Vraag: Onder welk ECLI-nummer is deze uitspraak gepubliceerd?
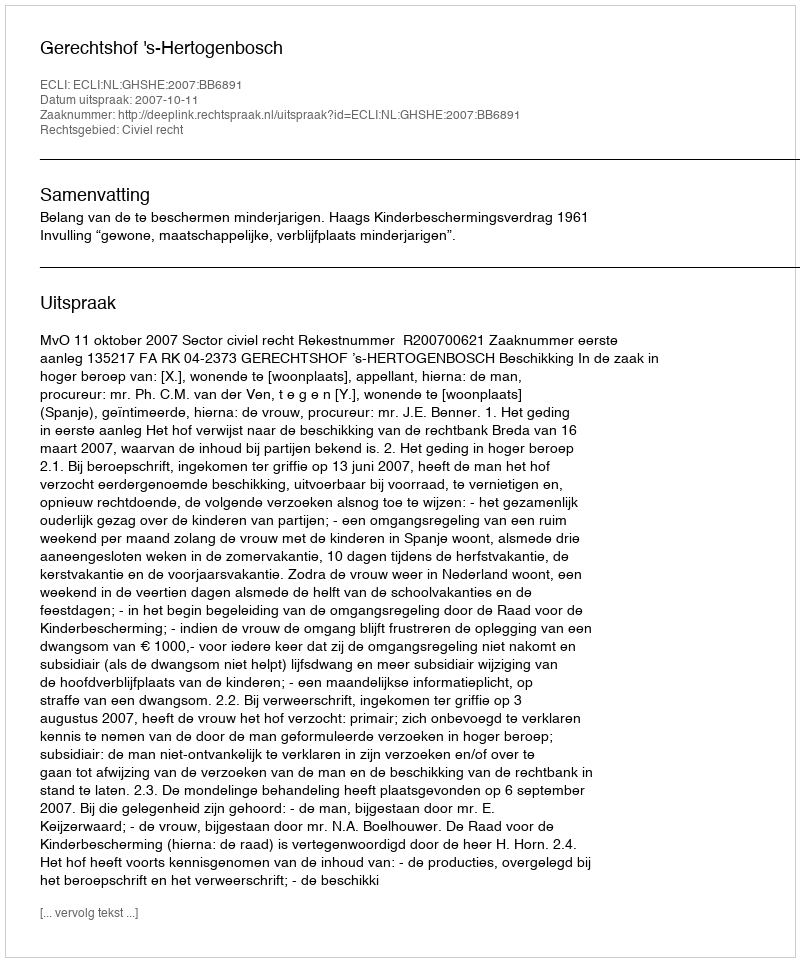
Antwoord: ECLI:NL:GHSHE:2007:BB6891